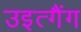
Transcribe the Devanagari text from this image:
उइत्गैंग